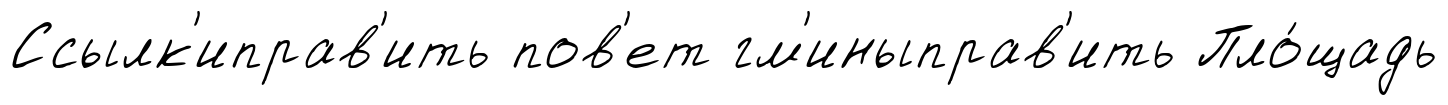
Ссылк'иправ'ить пов'ет гм'иныправ'ить Пло́щадь